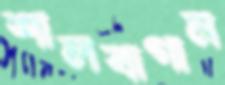
শালবাগান